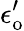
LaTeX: \epsilon_{\mathrm{o}}^{\prime}